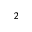
_ 2